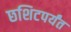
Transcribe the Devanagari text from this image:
छशिटपर्यंत